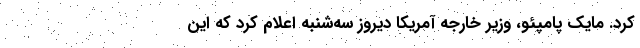
کرد. مایک پامپئو، وزیر خارجه آمریکا دیروز سه‌شنبه اعلام کرد که این